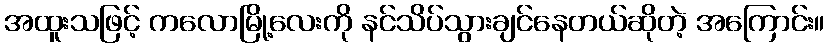
အထူးသဖြင့် ကလောမြို့လေးကို နင်သိပ်သွားချင်နေတယ်ဆိုတဲ့ အကြောင်း။